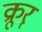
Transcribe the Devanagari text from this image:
क्रूर्